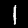
Digit: 1